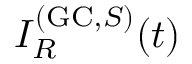
I _ { R } ^ { ( \mathrm { G C } , S ) } ( t )